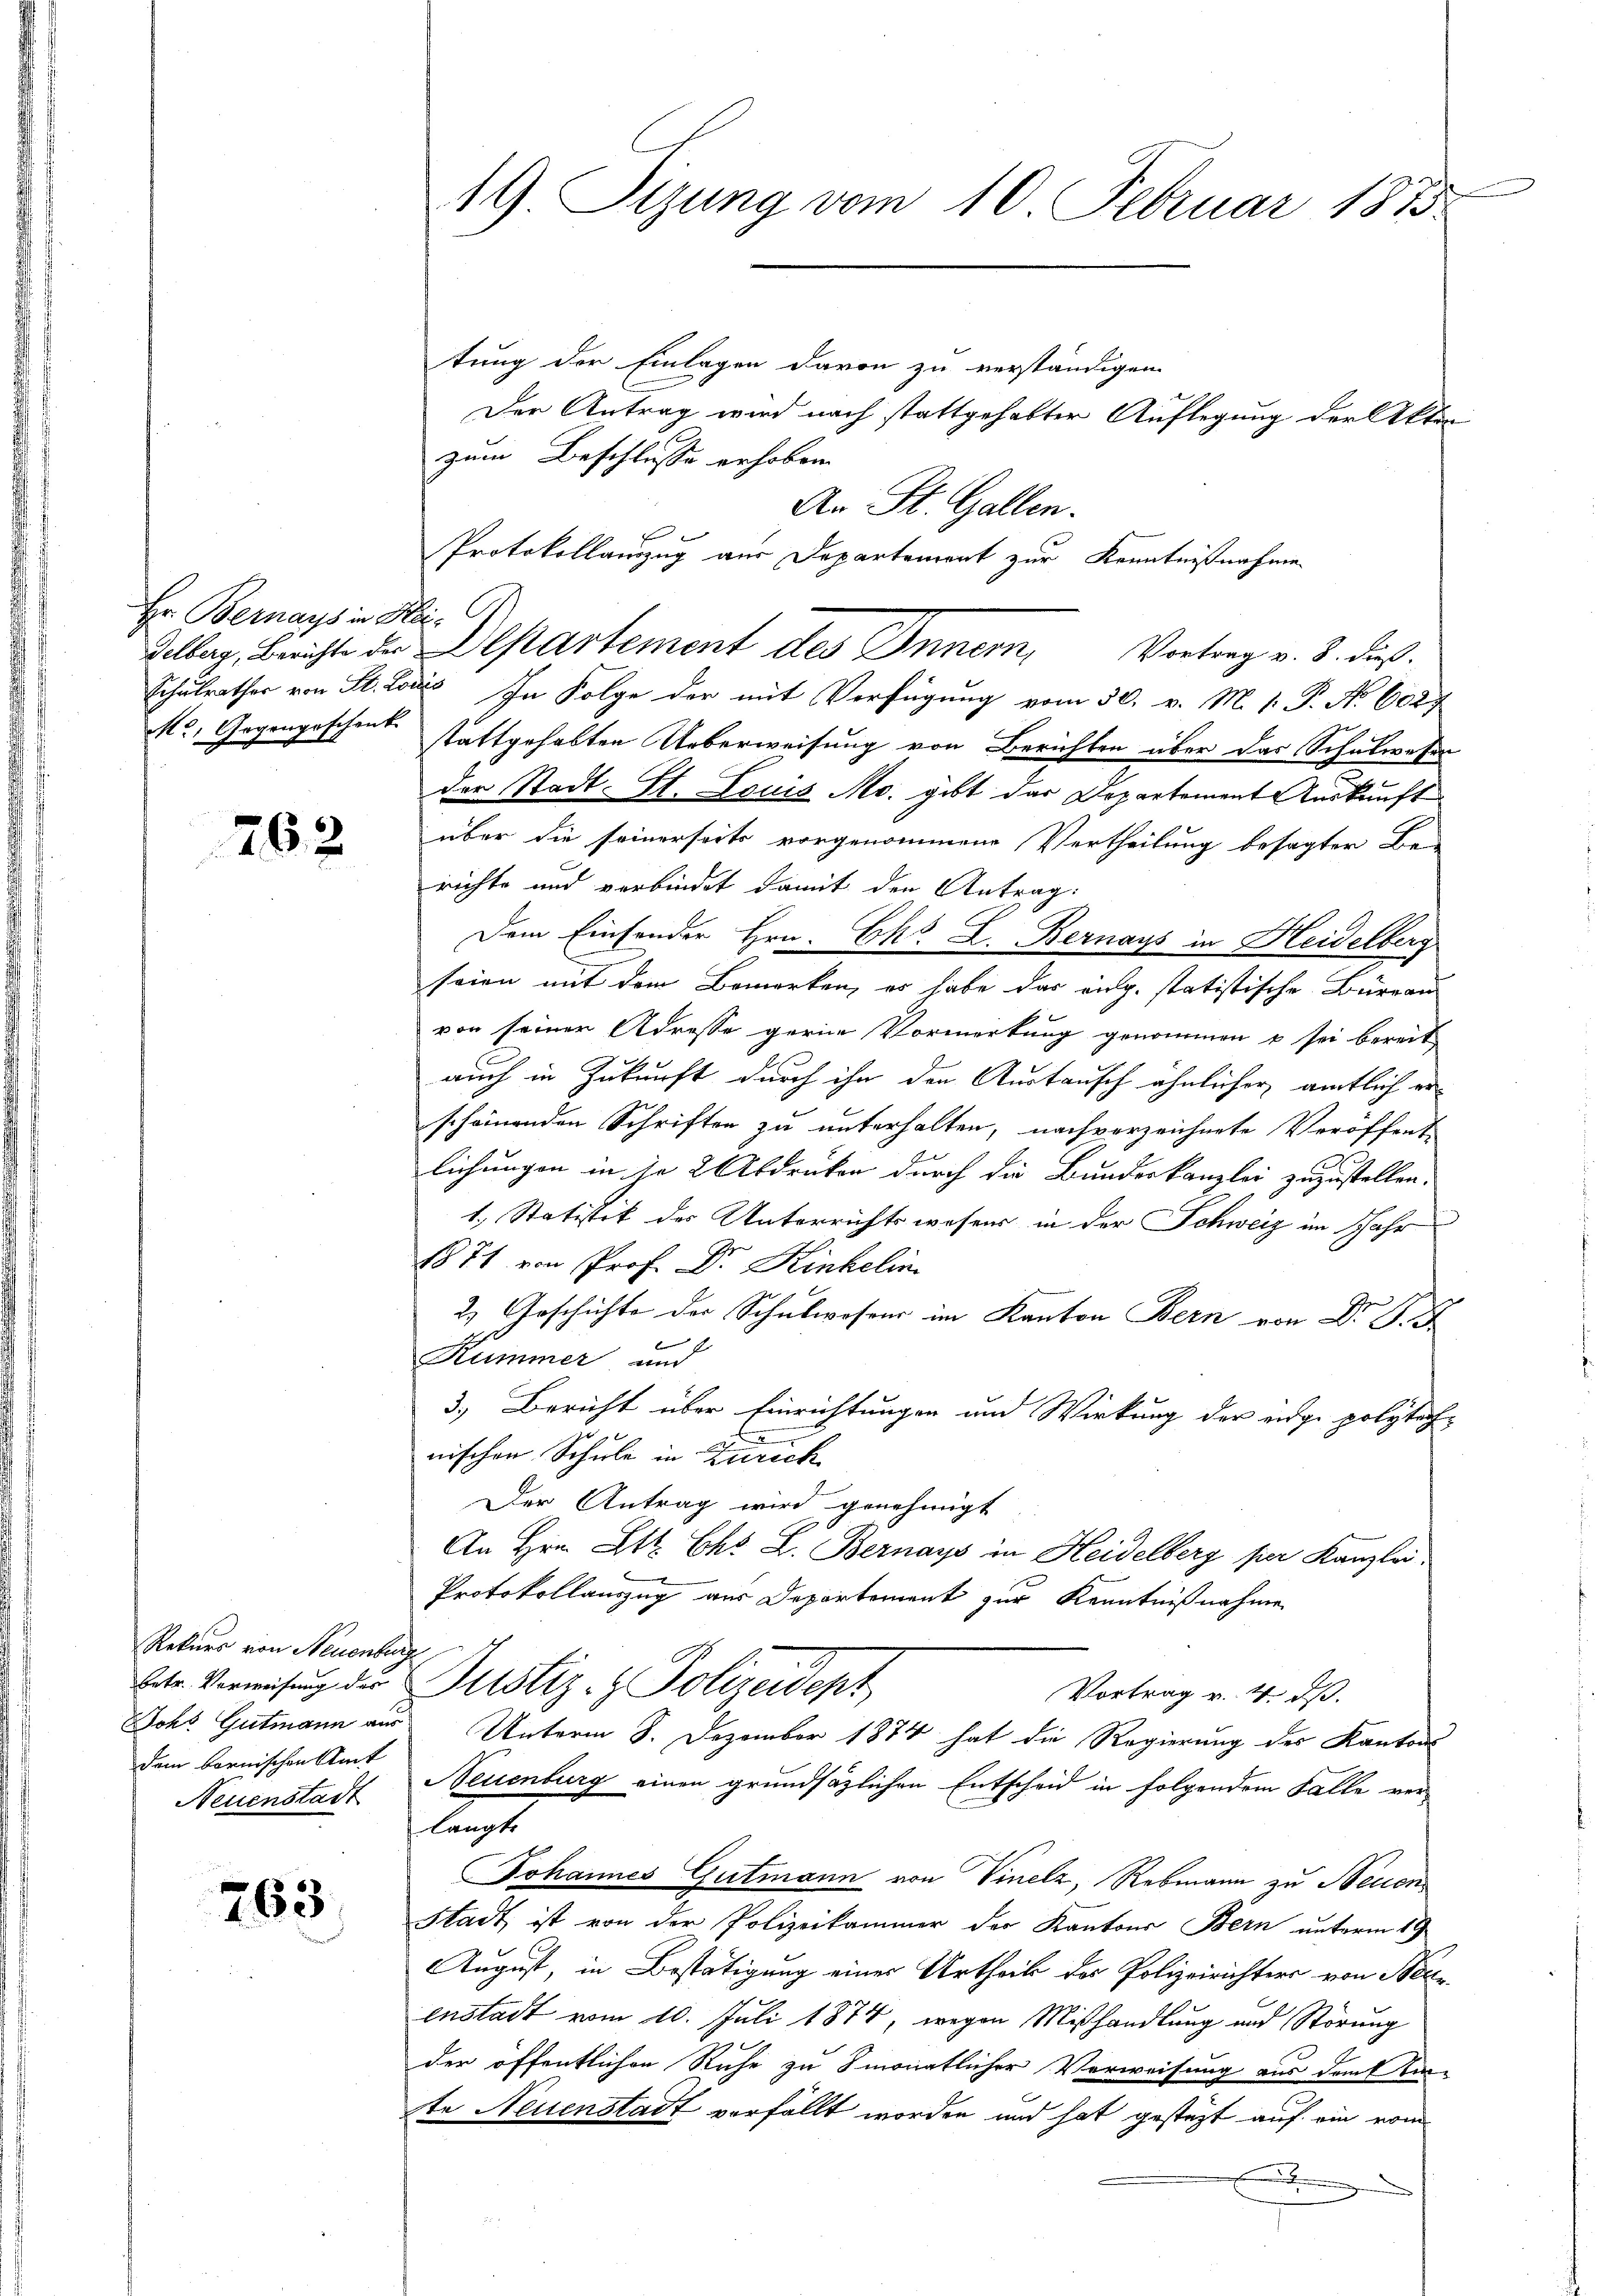
Hr. Bernays in Hei¬

762

Rekurs von Neuenburg
ohs Gutmann aus
dem bornischen Amt
Neuenstadt

763

19. Sizung vom 10. Februar 1875.

tung der Einlagen davon zu verständigen
Der Antrag wird nach stattgehabter Auflegung der Akten
zum Beschlusse erhoben.
An St. Gallen.
Gelberg, Berichte der Departement des Innern, Vortrag v. 3. dieß.
Schulrathes von St. Louis In Folge der mit Verfügung vom 30. v. M. 1. P. No 600f
Mc. Gegengeschenk stattgehabten Ueberweisung von Berichten über das Schulwesen
der Stadt- St. Louis Mo. gibt das Departement Auskunft
über die seinerseits vorgenommene Vertheilung besagter Be-
richte und verbindet damit den Antrag:
Dem Einsender Hrn. Ch. L. Bernays in Heidelberg
seien mit dem Bemerken, es habe das vielg. statistische Büreau
von seiner Adresse gerne Vormerkung genommen u sei bereit
auch in Zukunft durch ihn den Austausch ähnlicher amtlich erscheinenden Schriften zu unterhalten, nach vorzeichnete Veröffent-
lichungen in je 2 Abdrucken durch die Bundeskanzlei zuzustellen.
1. Statistik des Unterrichtswesen in der Schweiz im Jahr
1871 von Prof. Dr. Kinkelin
2) Geschichte der Schulwesens im Kanton Bern von Dr. P. F
b
E
Kummer und
3.) Bericht über Einrichtungen und Wirkung der eidge polytech-
nischen Schule in Zürich
Der Antrag wird genehmigt
An Hrn. Lt. Chr. L. Bernays in Heidelberg per Kanzlei,
Protokollauszug aus Departement zur Kenntnißnahme
betr. Verweisung der Justiz- & Polizeident
Vortrag v. 4. ds.
Unterm 8. Dezember 1874 hat die Regierung des Kantons
Neuenburg einen grundsätzlichen Entscheid in folgendem Falle ver-
langte
Johannes Gutmann von Vinelz, Rebmann zu Neuen¬
Stadt ist von der Polizeikammer der Kantons Bern unterm 19
August, in Bestätigung einer Urtheil der Polizeirichters von Beze
enstadt vom 10. Juli 1874, wegen Mißhandlung und Störung
der öffentlichen Ruhe zu smonatlicher Verweisung aus dem Kin-
te Neuenstadt verfällt worden und hat gesteht auf ein vom
a

Protokollauszug aus Departement zur Kenntnißnahme